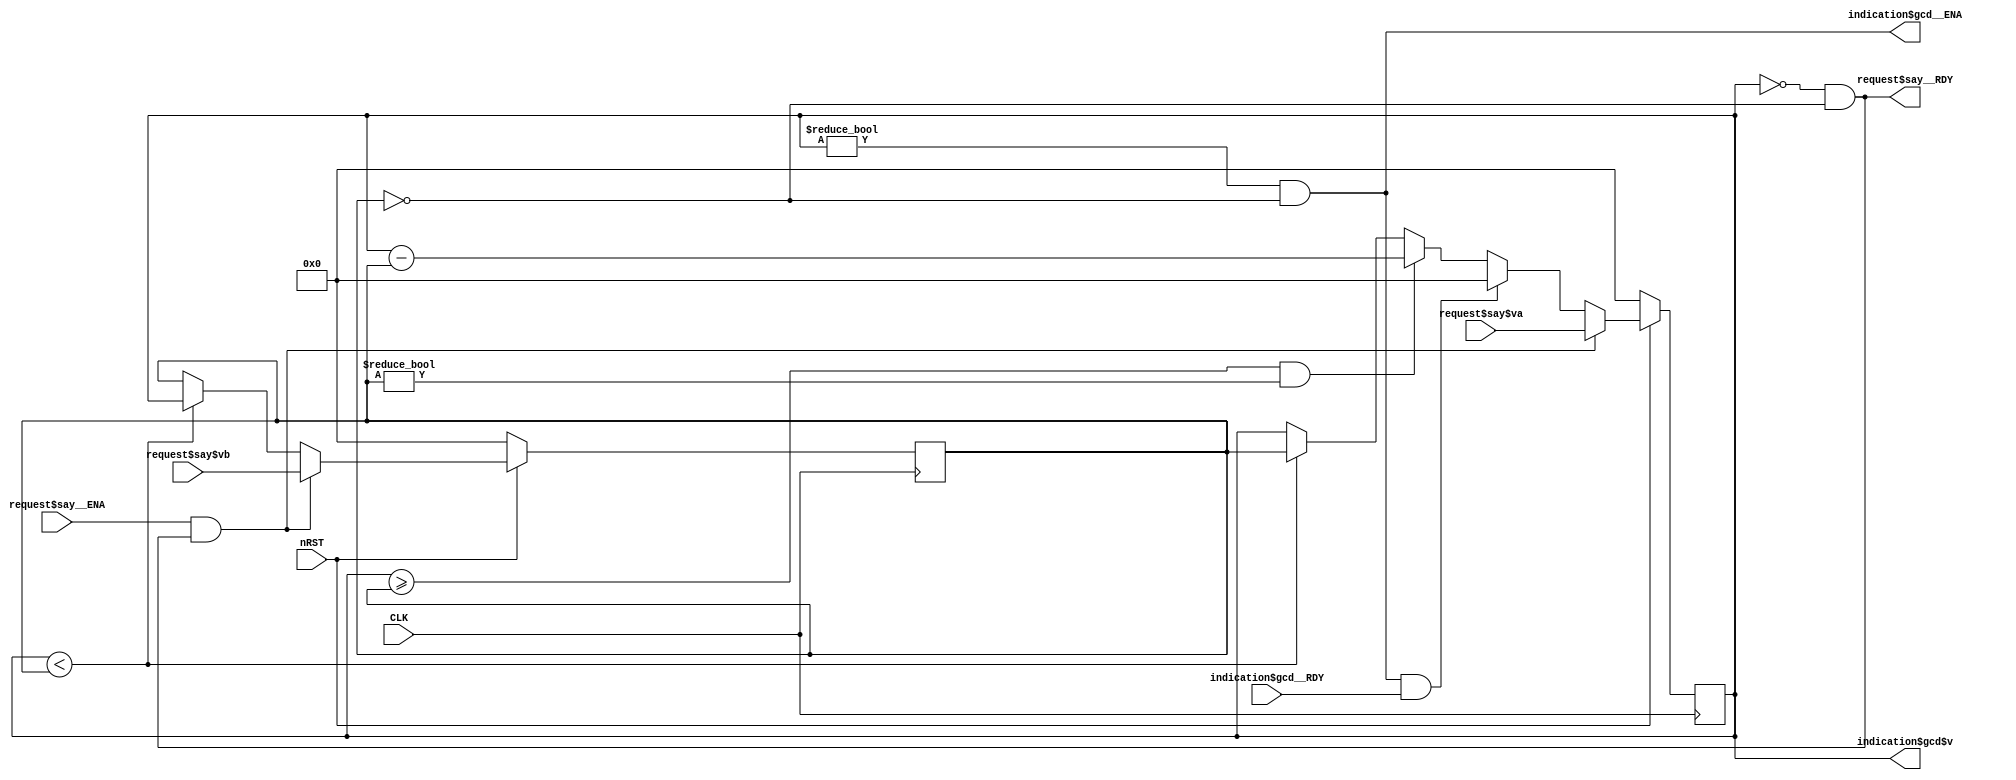
module Gcd (input wire CLK, input wire nRST,
    input wire request$say__ENA,
    input wire [31:0]request$say$va,
    input wire [31:0]request$say$vb,
    output wire request$say__RDY,
    output wire indication$gcd__ENA,
    output wire [31:0]indication$gcd$v,
    input wire indication$gcd__RDY);
    reg [31:0]a;
    reg [31:0]b;
    wire RULE$mod_rule__ENA;
    wire RULE$mod_rule__RDY;
    wire RULE$respond_rule__ENA;
    wire RULE$respond_rule__RDY;
    assign indication$gcd$v = a;
    assign indication$gcd__ENA = ( ( a != 32'd0 ) && ( b == 32'd0 ) ) != 0;
    assign request$say__RDY = ( ( a == 32'd0 ) && ( b == 32'd0 ) ) != 0;
    // Extra assigments, not to output wires
    assign RULE$mod_rule__ENA = ( ( a >= b ) && ( b != 32'd0 ) ) != 0;
    assign RULE$mod_rule__RDY = ( ( a >= b ) && ( b != 32'd0 ) ) != 0;
    assign RULE$respond_rule__ENA = ( ( ( a != 32'd0 ) && ( b == 32'd0 ) ) != 0 ) & indication$gcd__RDY;
    assign RULE$respond_rule__RDY = ( ( ( a != 32'd0 ) && ( b == 32'd0 ) ) != 0 ) & indication$gcd__RDY;

    always @( posedge CLK) begin
      if (!nRST) begin
        a <= 0;
        b <= 0;
      end // nRST
      else begin
        if (a < b) begin // RULE$flip_rule__ENA
            b <= a;
            a <= b;
        end; // End of RULE$flip_rule__ENA
        if (RULE$mod_rule__ENA & RULE$mod_rule__RDY) begin // RULE$mod_rule__ENA
            a <= a - b;
        end; // End of RULE$mod_rule__ENA
        if (RULE$respond_rule__ENA & RULE$respond_rule__RDY) begin // RULE$respond_rule__ENA
            a <= 0;
        end; // End of RULE$respond_rule__ENA
        if (request$say__ENA & request$say__RDY) begin // request$say__ENA
            a <= request$say$va;
            b <= request$say$vb;
        end; // End of request$say__ENA
      end
    end // always @ (posedge CLK)
endmodule